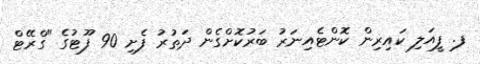
ފ. ފީއަލި ކައިރިން ކޮންޓެއިނަރު ބަރުކޮށްގެން ދަތުރު ފެށި 90 ފޫޓުގެ "ގްރޭޓް